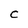
Character: C